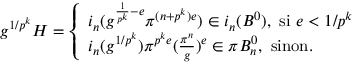
g ^ { 1 / p ^ { k } } H = \left\{ \begin{array} { l l } { i _ { n } ( g ^ { \frac { 1 } { p ^ { k } } - e } \pi ^ { ( n + p ^ { k } ) e } ) \in i _ { n } ( B ^ { 0 } ) , \, \, \mathrm { s i } \, \, e < 1 / p ^ { k } } \\ { i _ { n } ( g ^ { 1 / p ^ { k } } ) \pi ^ { p ^ { k } e } ( \frac { \pi ^ { n } } { g } ) ^ { e } \in \pi B _ { n } ^ { 0 } , \, \, \mathrm { s i n o n } . } \end{array} \right.